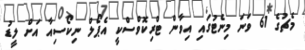
މެޗުގެ 61 ވަނަ މިނެޓުގައި އިވާން ޓްރިކޮވްސްކީ އެޕޯލް ނިކޯސިއާ އަށް ލީޑު